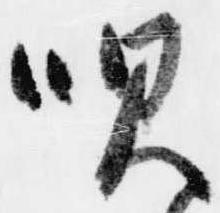
唄